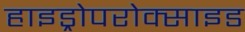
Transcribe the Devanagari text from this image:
हाइड्रोपरोक्साइड